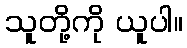
သူတို့ကို ယူပါ။